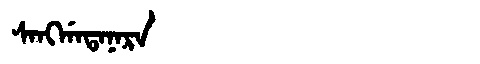
Manchu: ᠰᠠᠩᡤᠠᡨᠠᠨᠠᡵᠠ
Romanization: SANGGATANARA